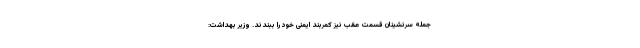
جمله سرنشینان قسمت عقب نیز کمربند ایمنی خود را ببندند. وزیر بهداشت: